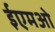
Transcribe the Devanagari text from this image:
ईएमओ